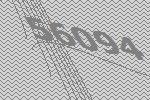
56094